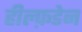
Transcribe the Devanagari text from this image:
हील्फ़डेन